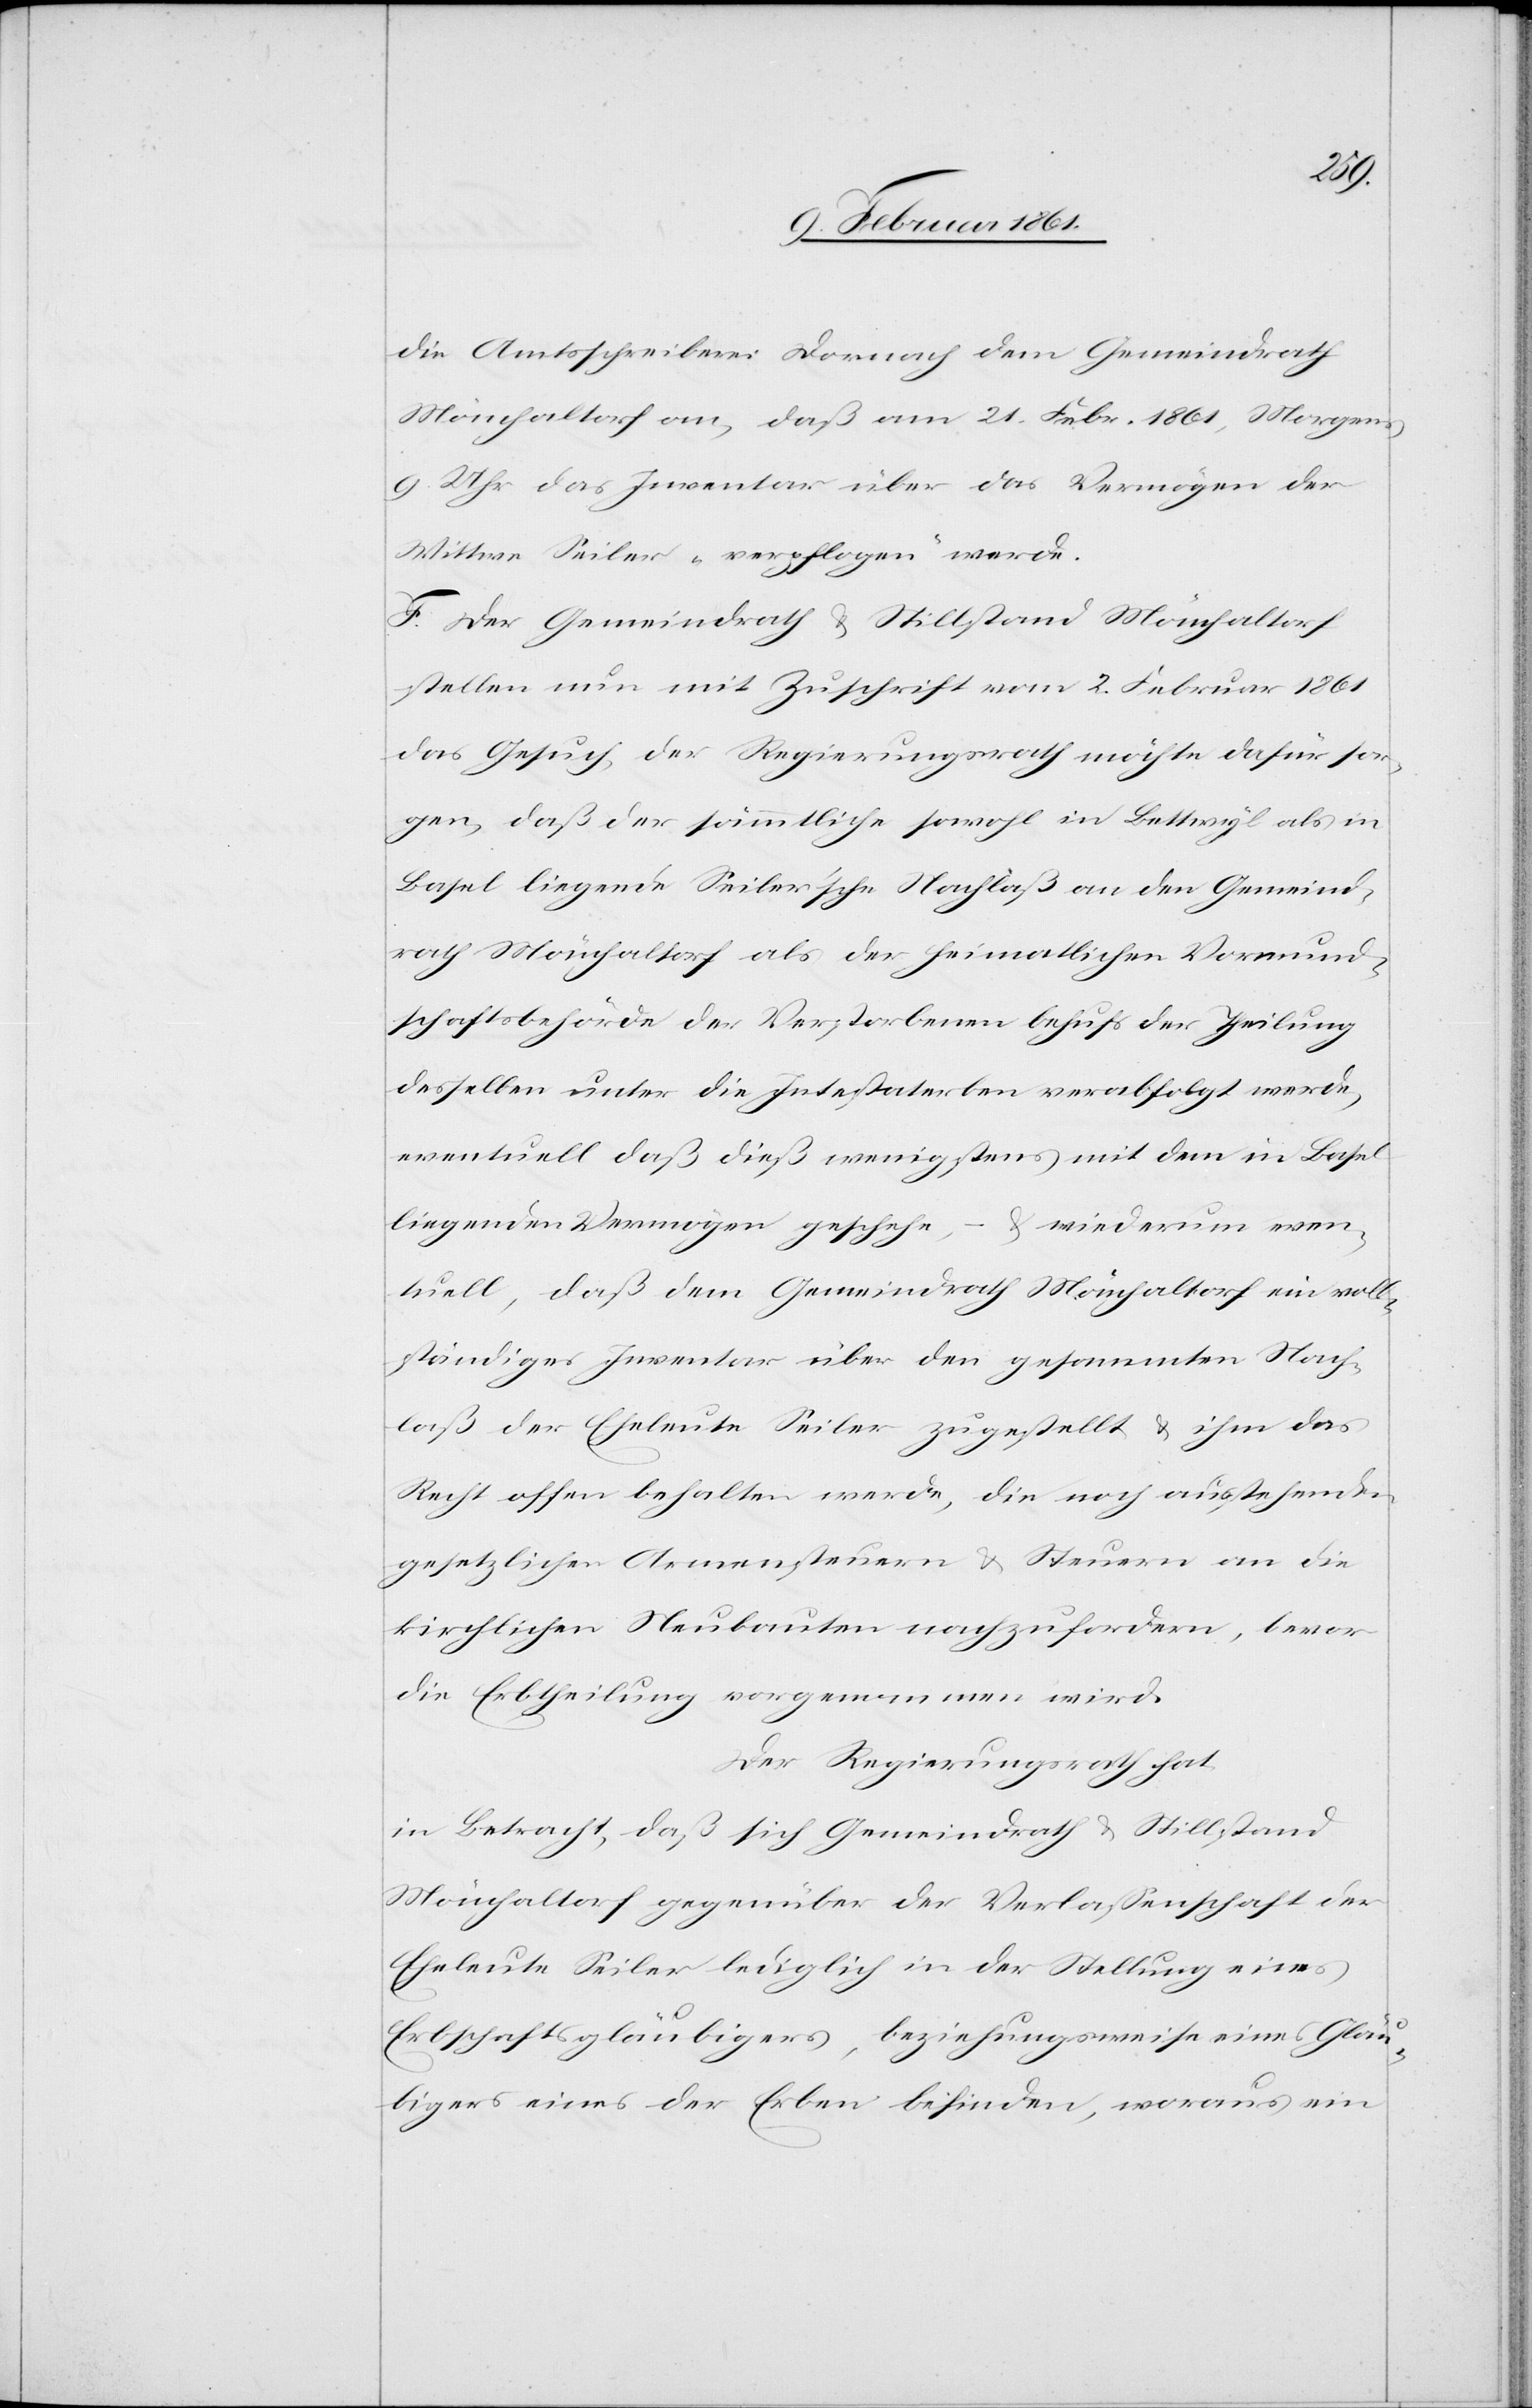
die Amtsschreiberei Dornach dem Gemeindrath
Mönchaltorf an, daß am 21. Febr. 1861, Morgens
9 Uhr das Inventar über das Vermögen der
Wittwe Seiler „verpflogen“ werde.
F. Der Gemeindrath u. Stillstand Mönchaltorf
stellen nun mit Zuschrift vom 2. Februar 1861
das Gesuch, der Regierungsrath möchte dafür sor¬
gen, daß der sämmtliche sowohl in Bettwyl als in
Basel liegende Seiler’sche Nachlaß an den Gemeind¬
rath Mönchaltorf als der heimatlichen Vormund¬
schaftsbehörde der Verstorbenen behufs der Theilung
desselben unter die Intestaterben verabfolgt werde,
eventuell daß dieß wenigstens mit dem in Basel
liegenden Vermögen geschehe, – u. wiederum even¬
tuell, daß dem Gemeindrath Mönchaltorf ein voll¬
ständiges Inventar über den gesammten Nach¬
laß der Eheleute Seiler zugestellt u. ihm das
Recht offen behalten werde, die noch ausstehenden
gesetzlichen Armensteuern u. Steuern an die
kirchlichen Neubauten nachzufordern, bevor
die Erbtheilung vorgenommen wird.
Der Regierungsrath hat
in Betracht, daß sich Gemeindrath u. Stillstand
Mönchaltorf gegenüber der Verlassenschaft der
Eheleute Seiler lediglich in der Stellung eines
Erbschaftsgläubigers, beziehungsweise eines Gläu¬
bigers eines der Erben befinden, woraus ein